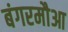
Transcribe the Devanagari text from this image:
बंगरमौआ